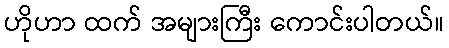
ဟိုဟာ ထက် အများကြီး ကောင်းပါတယ်။